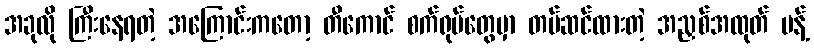
အခုလို ကြီးနေရတဲ့ အကြောင်းကတော့ တီကောင် စက်ရုပ်တွေမှာ တပ်ဆင်ထားတဲ့ အညှစ်အထုတ် ပန့်